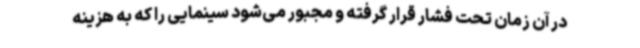
در آن زمان تحت فشار قرار گرفته و مجبور می‌شود سینمایی را که به هزینه